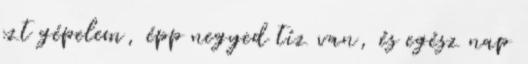
ezt gépelem, épp negyed tíz van, és egész nap